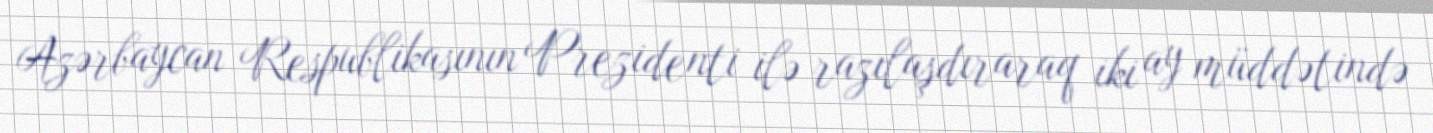
Azərbaycan Respublikasının Prezidenti ilə razılaşdıraraq iki ay müddətində